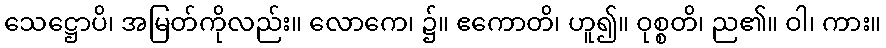
သေဋ္ဌောပိ၊ အမြတ်ကိုလည်း။ လောကေ၊ ၌။ ဧကောတိ၊ ဟူ၍။ ဝုစ္စတိ၊ ည၏။ ဝါ၊ ကား။